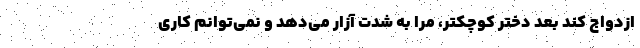
ازدواج کند بعد دختر کوچکتر، مرا به شدت آزار می‌دهد و نمی‌توانم کاری